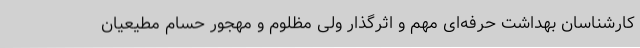
کارشناسان بهداشت حرفه‌ای مهم و اثرگذار ولی مظلوم و مهجور حسام مطیعیان